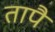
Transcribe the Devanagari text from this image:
तापै